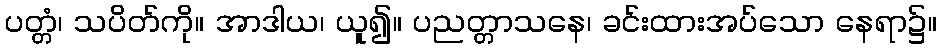
ပတ္တံ၊ သပိတ်ကို။ အာဒါယ၊ ယူ၍။ ပညတ္တာသနေ၊ ခင်းထားအပ်သော နေရာ၌။